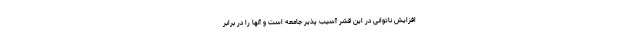
افزایش ناتوانی در این قشر آسیب پذیر جامعه است و آنها را در برابر